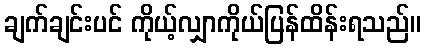
ချက်ချင်းပင် ကိုယ့်လျှာကိုယ်ပြန်ထိန်းရသည်။